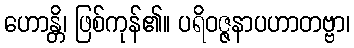
ဟောန္တိ၊ ဖြစ်ကုန်၏။ ပရိဝဇ္ဇနာပဟာတဗ္ဗာ၊